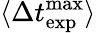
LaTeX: \langle\Delta t_{\mathrm{exp}}^{\mathrm{max}}\rangle